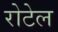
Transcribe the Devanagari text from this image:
रोटेल